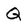
Character: Q